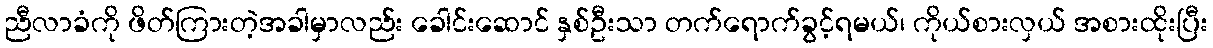
ညီလာခံကို ဖိတ်ကြားတဲ့အခါမှာလည်း ခေါင်းဆောင် နှစ်ဦးသာ တက်ရောက်ခွင့်ရမယ်၊ ကိုယ်စားလှယ် အစားထိုးပြီး